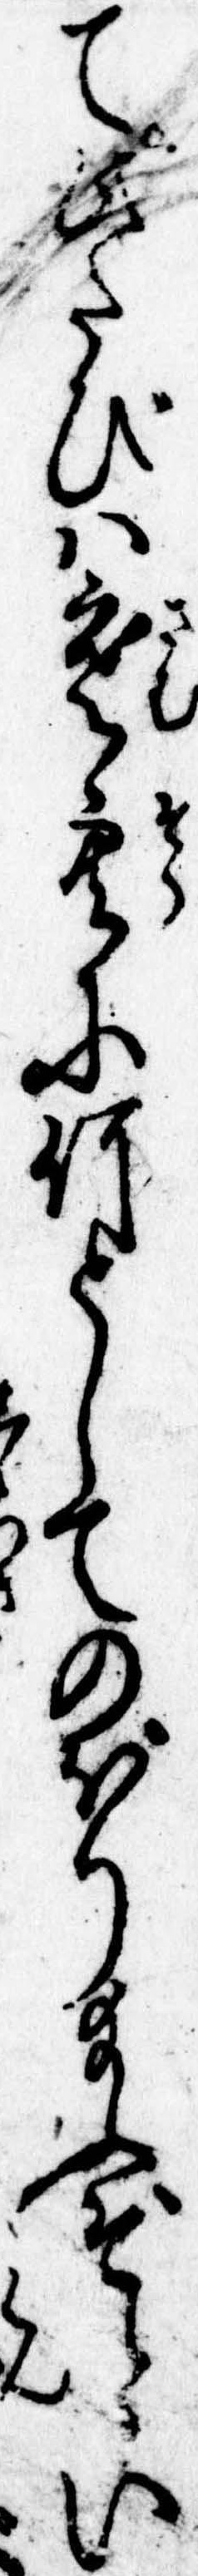
て此たびは寒空に何としてのぼり給ふぞとい